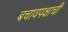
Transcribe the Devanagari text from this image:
बचावपक्षाची